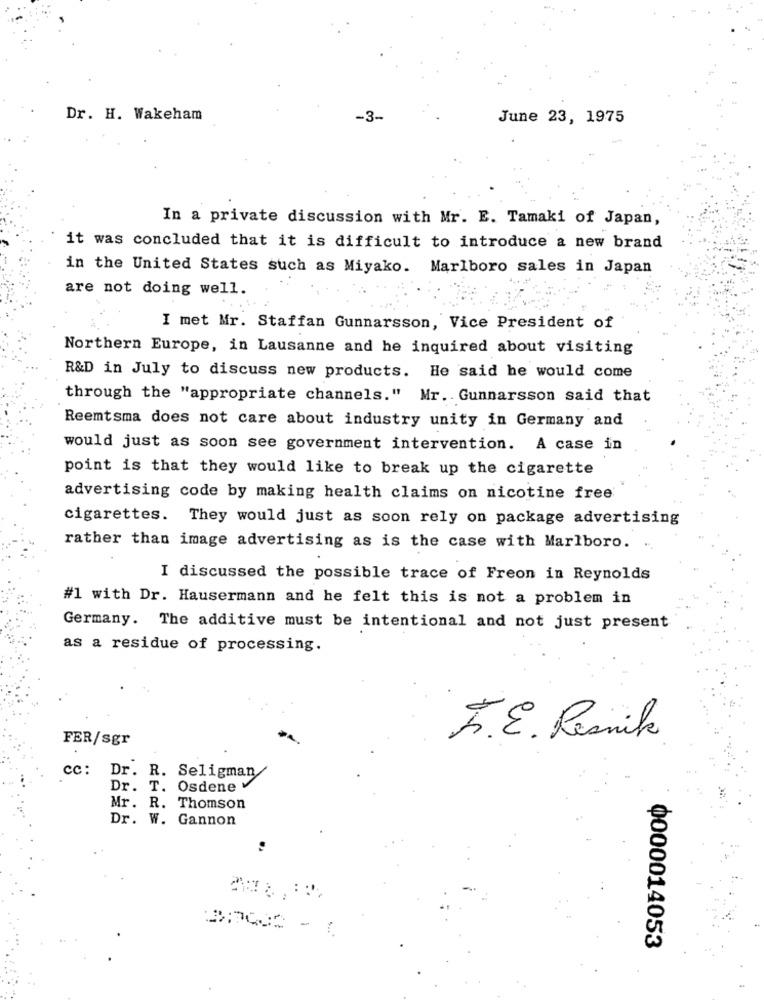
Dr. H. Wakeham
-3-
June 23, 1975
In a private discussion with Mr. E. Tamaki of Japan,
it was concluded that it is difficult to introduce a new brand
in the United States such as Miyako. Marlboro sales in Japan
are not doing well.
I met Mr. Staffan Gunnarsson, Vice President of
Northern Europe, in Lausanne and he inquired about visiting
R&D in July to discuss new products. He said he would come
through the "appropriate channels." Mr. Gunnarsson said that
Reemtsma does not care about industry unity in Germany and
would just as soon see government intervention. A case in
point is that they would like to break up the cigarette
advertising code by making health claims on nicotine free
cigarettes. They would just as soon rely on package advertising
rather than image advertising as is the case with Marlboro.
I discussed the possible trace of Freon in Reynolds
#1 with Dr. Hausermann and he felt this is not a problem in
Germany. The additive must be intentional and not just present
as a residue of processing.
FER/sgr
F.E. Resnik
CC: Dr. R. Seligman
Dr. T. Osdene
Mr. R. Thomson
Dr. W. Gannon
0000014053